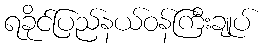
ရခိုင်ပြည်နယ်ဝန်ကြီးချုပ်